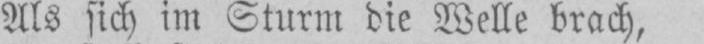
Als sich im Sturm die Welle brach,